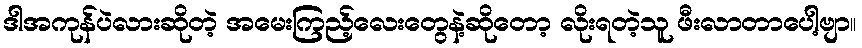
ဒါအကုန်ပဲလားဆိုတဲ့ အမေးကြည့်လေးတွေနဲ့ဆိုတော့ လိုးရတဲ့သူ ဖီးလာတာပေါ့ဗျာ။